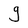
Character: g